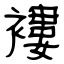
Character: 褸